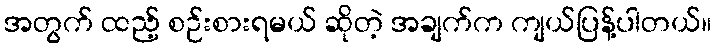
အတွက် ထည့် စဉ်းစားရမယ် ဆိုတဲ့ အချက်က ကျယ်ပြန့်ပါတယ်။